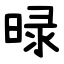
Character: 㫽